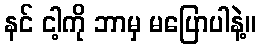
နင် ငါ့ကို ဘာမှ မပြောပါနဲ့။